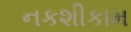
નકશીકામ